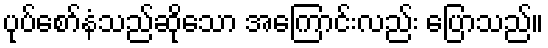
ပုပ်စော်နံသည်ဆိုသော အကြောင်းလည်း ပြောသည်။